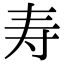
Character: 寿